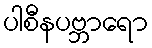
ပါစီနပဗ္ဘာရော